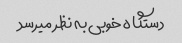
دستگاه خوبی به نظر میرسد